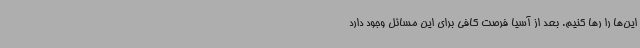
این‌ها را رها کنیم. بعد از آسیا فرصت کافی برای این مسائل وجود دارد